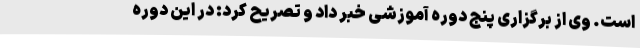
است. وی از برگزاری پنج دوره آموزشی خبر داد و تصریح کرد:‌ در این دوره